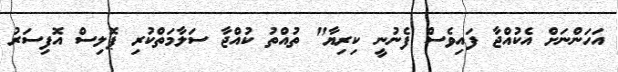
އަހަންނަށް އެކުއްޖާ ފައިވެސް ފެނުނީ ކިރިޔާ" ތުއްތު ކުއްޖާ ސަލާމަތްކުރި ޕޮލިސް އޮފިސަރު